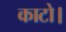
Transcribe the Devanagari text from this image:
काटो।